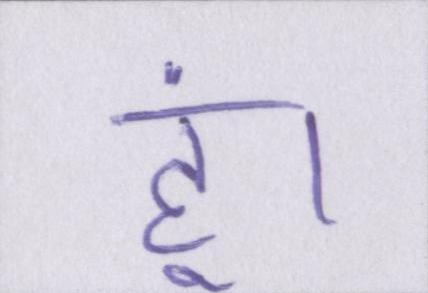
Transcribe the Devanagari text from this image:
हूं।